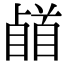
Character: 𩠥